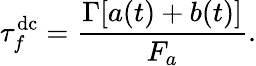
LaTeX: \tau_{f}^{\mathrm{dc}}=\frac{\Gamma[a(t)+b(t)]}{F_{a}}.